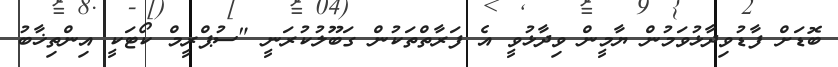
ބޮޑަށް ފާޑުވިދާޅުވަމުން ޔާމީން ވިދާޅުވީ އެ ފަރާތްތަކުން ގަބޫލުކުރަނީ "ސުޕްރީމް ކޯޓަކީ އިންތިޚާބު